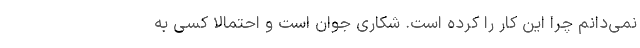
نمی‌دانم چرا این کار را کرده است. شکاری جوان است و احتمالاً کسی به